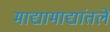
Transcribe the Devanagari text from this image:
माद्यामाद्यांतले